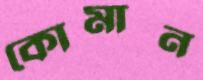
কোমান